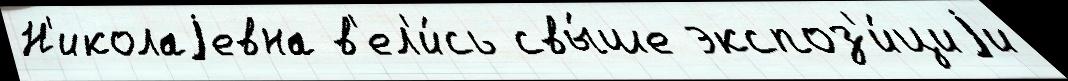
Н'иколаjевна в'ел'и́сь свы́ше экспоз'и́циjи